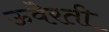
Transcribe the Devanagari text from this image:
ऊवेरती